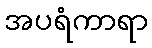
အပရံကာရာ